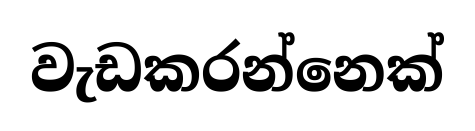
වැඩකරන්නෙක්